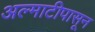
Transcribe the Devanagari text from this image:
अल्माटीपासून